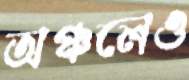
অঞ্চলেও